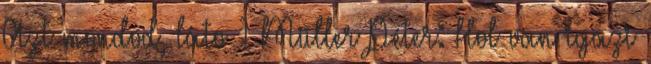
Azt mondod, láto 1 Müller Péter: Hol van igazi